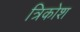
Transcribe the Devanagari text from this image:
त्रिकोश